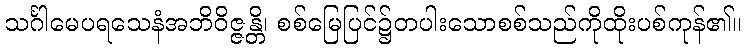
သင်္ဂါမေပရသေနံအဘိဝိဇ္ဇန္တိ၊ စစ်မြေပြင်၌တပါးသောစစ်သည်ကိုထိုးပစ်ကုန်၏။